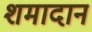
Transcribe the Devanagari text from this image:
शमादान